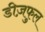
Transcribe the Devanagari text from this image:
डीज़फुल